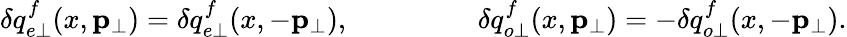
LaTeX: \delta q_{e\perp}^{f}(x,{\mathbf p}_{\perp})=\delta q_{e\perp}^{f}(x,-{\mathbf p}_{\perp}),~~~~~\ ~~~~~\ ~~~~~~\delta q_{o\perp}^{f}(x,{\mathbf p}_{\perp})=-\delta q_{o\perp}^{f}(x,-{\mathbf p}_{\perp}).